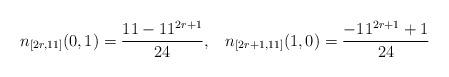
LaTeX: \begin{align*} n_{[2r,11]}(0,1)=\frac{11-11^{2r+1}}{24},\;\;\;n_{[2r+1,11]}(1,0)=\frac{-11^{2r+1}+1}{24}\end{align*}